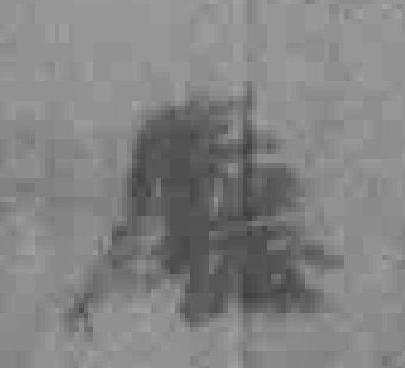
廳